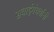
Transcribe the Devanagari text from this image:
सवाईगंधर्वांनी